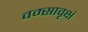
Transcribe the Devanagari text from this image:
वम्सावृक्षं